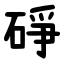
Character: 碀